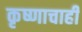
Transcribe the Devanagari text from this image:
कृष्णाचाही